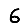
Digit: 6